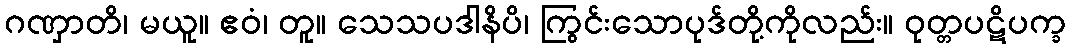
ဂဏှာတိ၊ မယူ။ ဧဝံ၊ တူ။ သေသပဒါနိပိ၊ ကြွင်းသောပုဒ်တို့ကိုလည်း။ ဝုတ္တပဋိပက္ခ